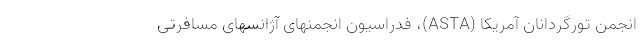
انجمن تورگردانان آمریکا (ASTA)، فدراسیون انجمنهای آژانسهای مسافرتی